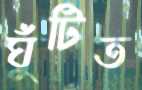
ঘুঁটিত